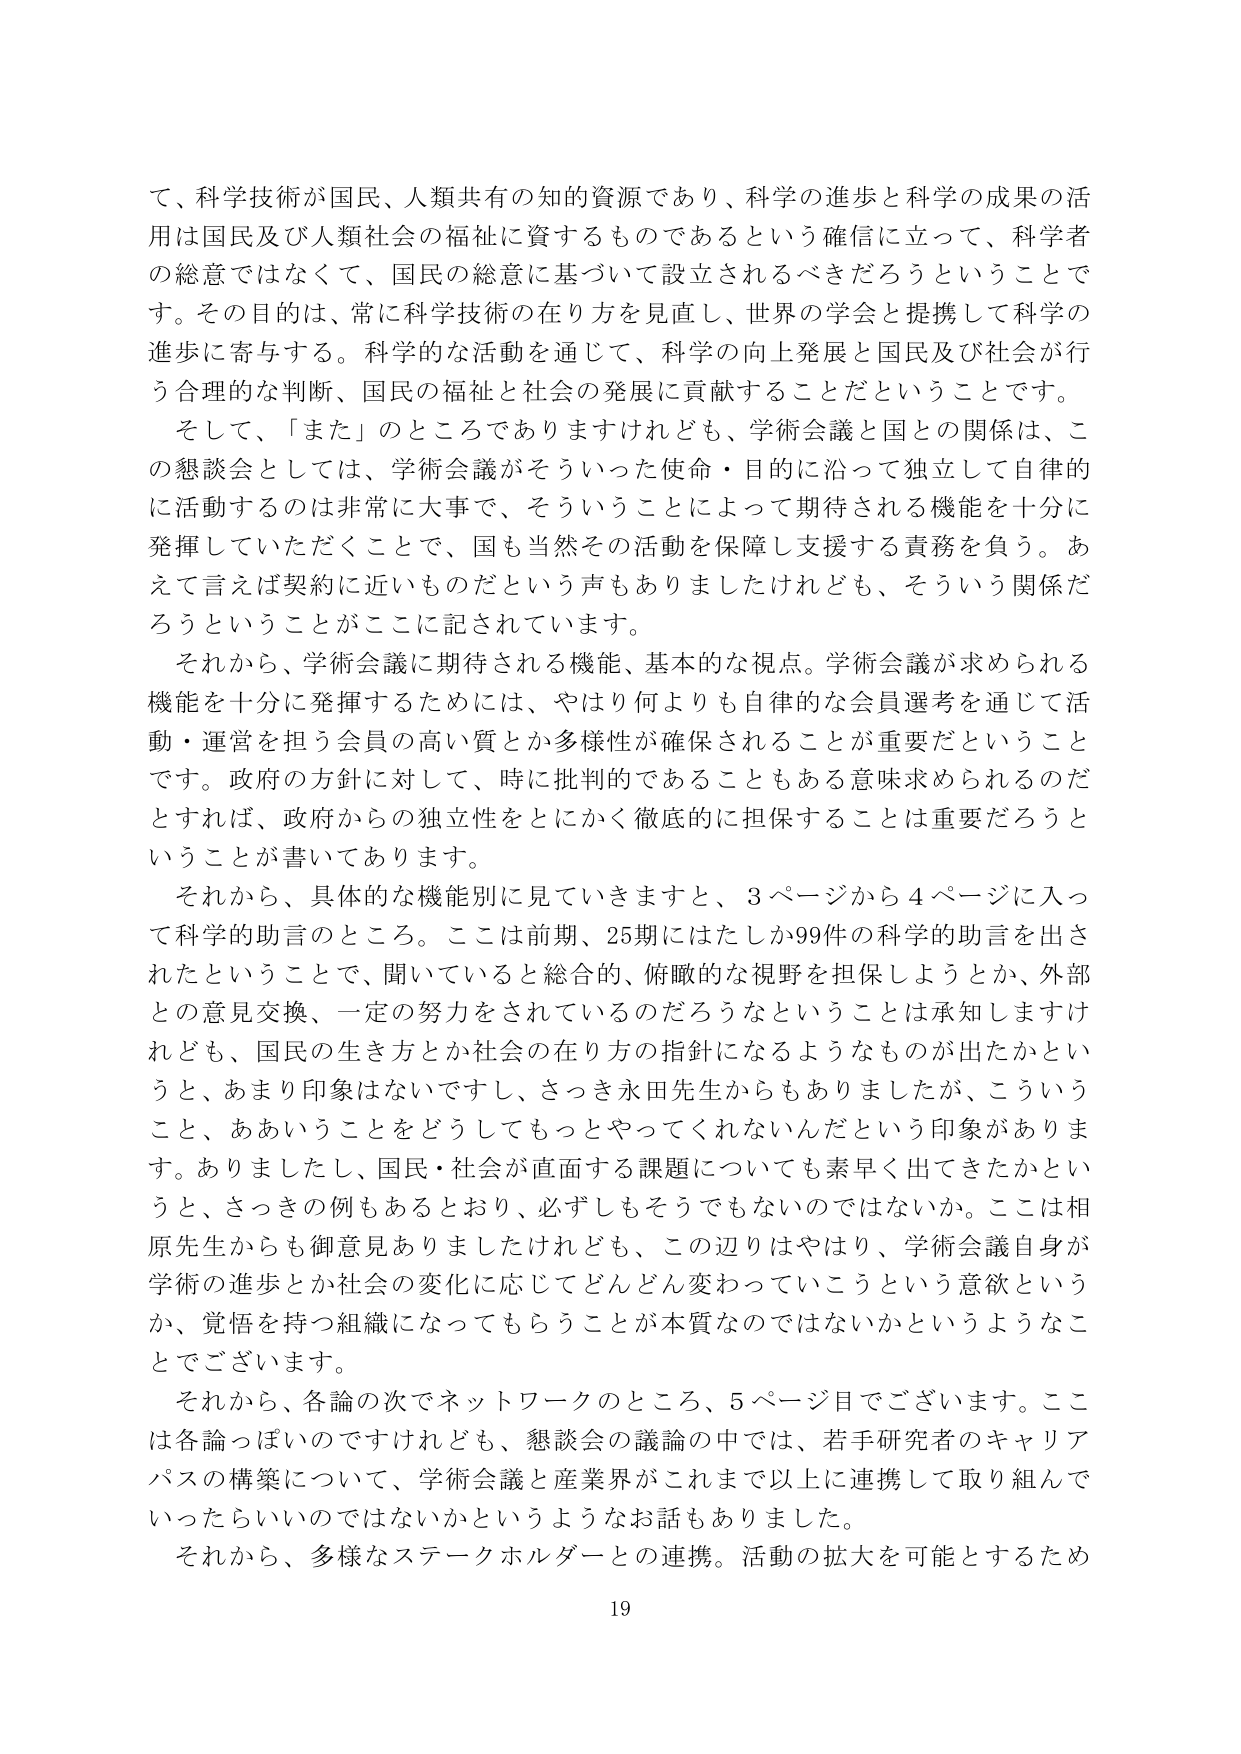
て、科学技術が国民、人類共有の知的資源であり、科学の進歩と科学の成果の活用は国民及び人類社会の福祉に資するものであるという確信に立って、科学者の総意ではなくて、国民の総意に基づいて設立されるべきだろうということです。その目的は、常に科学技術の在り方を見直し、世界の学会と提携して科学の進歩に寄与する。科学的な活動を通じて、科学の向上発展と国民及び社会が行う合理的な判断、国民の福祉と社会の発展に貢献することだということです。

そして、「また」のところがありますけれども、学術会議と国との関係は、この懇談会としては、学術会議がそういった使命・目的に沿って独立して自律的に活動するのは非常に大事で、そういうことによって期待される機能を十分に発揮していただくことで、国も当然その活動を保障し支援する責務を負う。あえて言えば契約に近いものだという声もありましたけれども、そういう関係だろうということがここに記されています。

それから、学術会議に期待される機能、基本的な視点。学術会議が求められる機能を十分に発揮するためには、やはり何よりも自律的な会員選考を通じて活動・運営を担う会員の高い質とか多様性が確保されることが重要だということです。政府の方針に対して、時に批判的であることもある意味求められるのだとすれば、政府からの独立性をとにかく徹底的に担保することは重要だろうということが書いてあります。

それから、具体的な機能別に見ていきますと、3ページから4ページに入って科学的助言のところ。ここは前期、25期にはたしか99件の科学的助言を出されたということで、聞いていると総合的、俯瞰的な視野を担保しようとか、外部との意見交換、一定の努力をされているのだろうなということは承知しますけれども、国民の生き方とか社会の在り方の指針になるようなものが出てきたかというと、あまり印象はないですし、さっき永田先生からもありましたが、こういうこと、ああいうことをどうしてもっとやってくれないんだという印象があります。ありましたし、国民・社会が直面する課題についても素早く出てきたかというと、さっきの例もあるとおり、必ずしもそうでもないのではないか。ここは相原先生からも御意見ありましたけれども、この辺りはやはり、学術会議自身が学術の進歩とか社会の変化に応じてどんどん変わっていこうという意欲というか、覚悟を持つ組織になってもらうことが本質なのではないかというようなことでございます。

それから、各論の次でネットワークのところ、5ページ目でございます。ここは各論っぽいのですけれども、懇談会の議論の中では、若手研究者のキャリアパスの構築について、学術会議と産業界がこれまで以上に連携して取り組んでいったらいいのではないかというようなお話もありました。

それから、多様なステークホルダーとの連携。活動の拡大を可能とするため

19